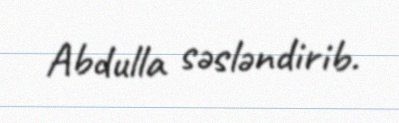
Abdulla səsləndirib.